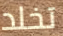
تخلد